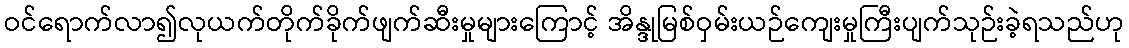
ဝင်ရောက်လာ၍လုယက်တိုက်ခိုက်ဖျက်ဆီးမှုများကြောင့် အိန္ဒုမြစ်ဝှမ်းယဉ်ကျေးမှုကြီးပျက်သုဉ်းခဲ့ရသည်ဟု